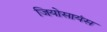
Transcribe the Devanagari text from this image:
जियोसायंस